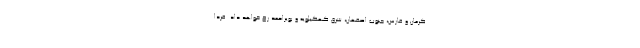
کرمان و فارس، جنوب اصفهان، شرق کهکیلویه و بویراحمد رخ خواهد داد. فردا